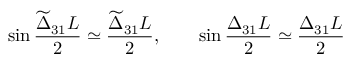
\sin \frac { \widetilde { \Delta } _ { 3 1 } L } { 2 } \simeq \frac { \widetilde { \Delta } _ { 3 1 } L } { 2 } , \qquad \sin \frac { \Delta _ { 3 1 } L } { 2 } \simeq \frac { \Delta _ { 3 1 } L } { 2 }